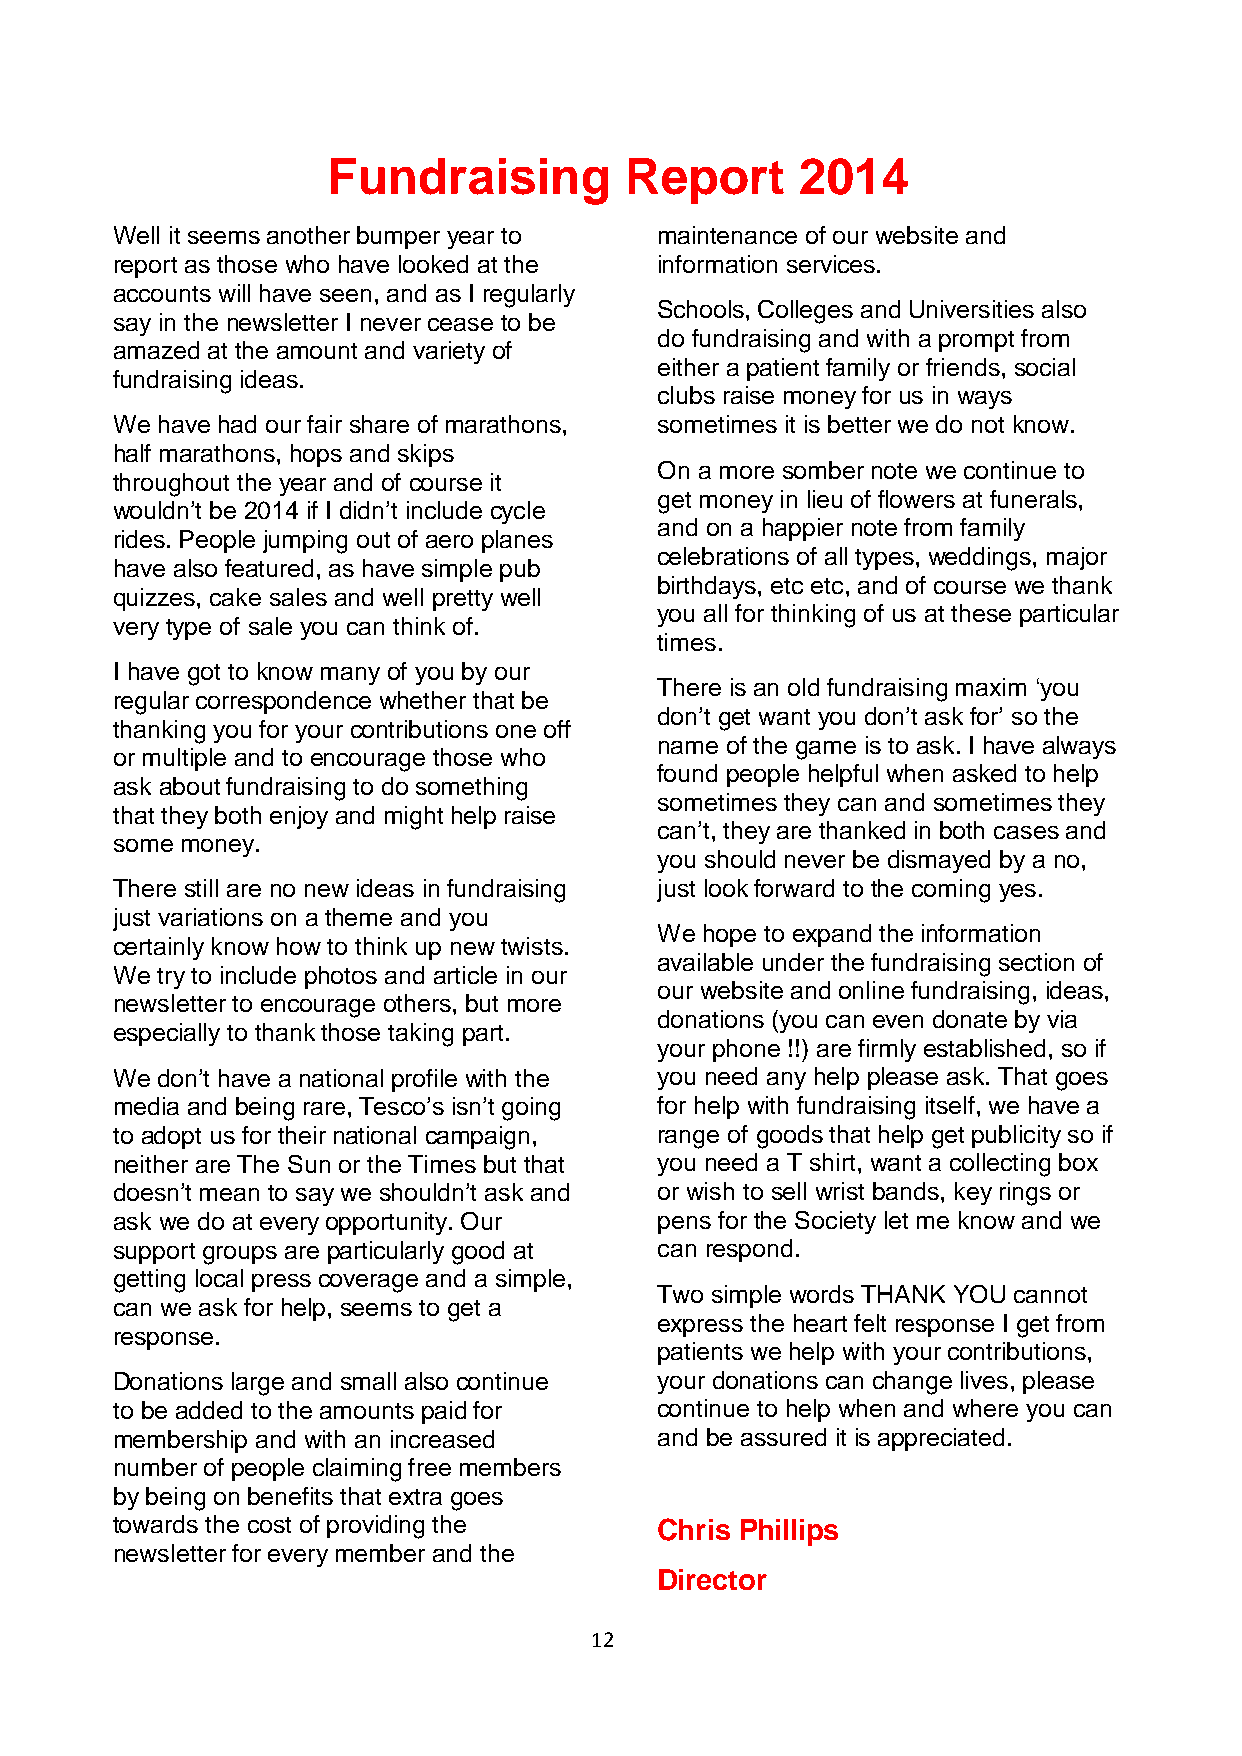
Fundraising        Report      2014
 Well it seems another bumper year to maintenance of our website and
 report as those who have looked at the information services.
 accounts will have seen, and as I regularly
 Schools, Colleges and Universities also
 say in the newsletter I never cease to be
 do fundraising and with a prompt from
 amazed at the amount and variety of
 either a patient family or friends, social
 fundraising ideas.
 clubs raise money for us in ways
 We have had our fair share of marathons, sometimes it is better we do not know.
 half marathons, hops and skips
 On a more somber note we continue to
 throughout the year and of course it
 get money in lieu of flowers at funerals,
 wouldn’t be 2014 if I didn’t include cycle
 and on a happier note from family
 rides. People jumping out of aero planes
 celebrations of all types, weddings, major
 have also featured, as have simple pub
 birthdays, etc etc, and of course we thank
 quizzes, cake sales and well pretty well
 you all for thinking of us at these particular
 very type of sale you can think of.
 times.
 I have got to know many of you by our
 There is an old fundraising maxim ‘you
 regular correspondence whether that be
 don’t get want you don’t ask for’ so the
 thanking you for your contributions one off
 name of the game is to ask. I have always
 or multiple and to encourage those who
 found people helpful when asked to help
 ask about fundraising to do something
 sometimes they can and sometimes they
 that they both enjoy and might help raise
 can’t, they are thanked in both cases and
 some money.
 you should never be dismayed by a no,
 There still are no new ideas in fundraising just look forward to the coming yes.
 just variations on a theme and you
 We hope to expand the information
 certainly know how to think up new twists.
 available under the fundraising section of
 We try to include photos and article in our
 our website and online fundraising, ideas,
 newsletter to encourage others, but more
 donations (you can even donate by via
 especially to thank those taking part.
 your phone !!) are firmly established, so if
 We don’t have a national profile with the you need any help please ask. That goes
 media and being rare, Tesco’s isn’t going for help with fundraising itself, we have a
 to adopt us for their national campaign, range of goods that help get publicity so if
 neither are The Sun or the Times but that you need a T shirt, want a collecting box
 doesn’t mean to say we shouldn’t ask and or wish to sell wrist bands, key rings or
 ask we do at every opportunity. Our pens for the Society let me know and we
 support groups are particularly good at can respond.
 getting local press coverage and a simple,
 Two simple words THANK YOU cannot
 can we ask for help, seems to get a
 express the heart felt response I get from
 response.
 patients we help with your contributions,
 Donations large and small also continue your donations can change lives, please
 to be added to the amounts paid for continue to help when and where you can
 membership and with an increased    and be assured it is appreciated.
 number of people claiming free members
 by being on benefits that extra goes
 towards the cost of providing the   Chris Phillips
 newsletter for every member and the
 Director
 12